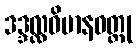
ဒဒ္ဒလ္လဝိမာနဝတ္ထု